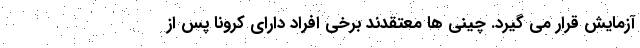
آزمایش قرار می گیرد. چینی ها معتقدند برخی افراد دارای کرونا پس از